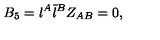
B _ { 5 } = { \l } ^ { A } { \bar { \l } } ^ { { B } } Z _ { A B } = 0 ,